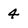
Character: 4